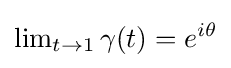
\lim \nolimits _{t\to 1}\gamma (t)=e^{i\theta }